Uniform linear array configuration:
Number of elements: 64
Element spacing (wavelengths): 1
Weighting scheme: hann
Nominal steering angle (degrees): -30
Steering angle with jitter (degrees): -31.543
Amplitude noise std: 0.05
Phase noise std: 0.05

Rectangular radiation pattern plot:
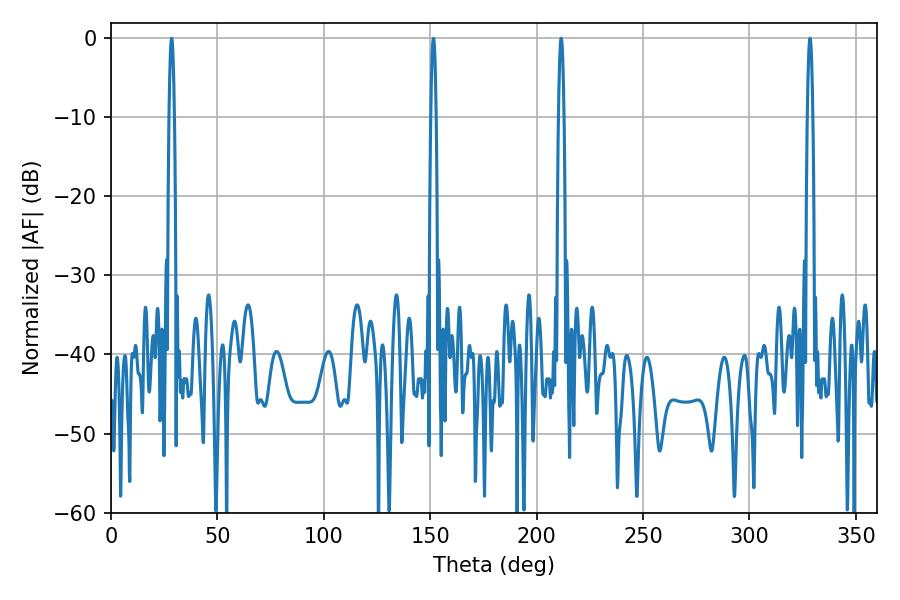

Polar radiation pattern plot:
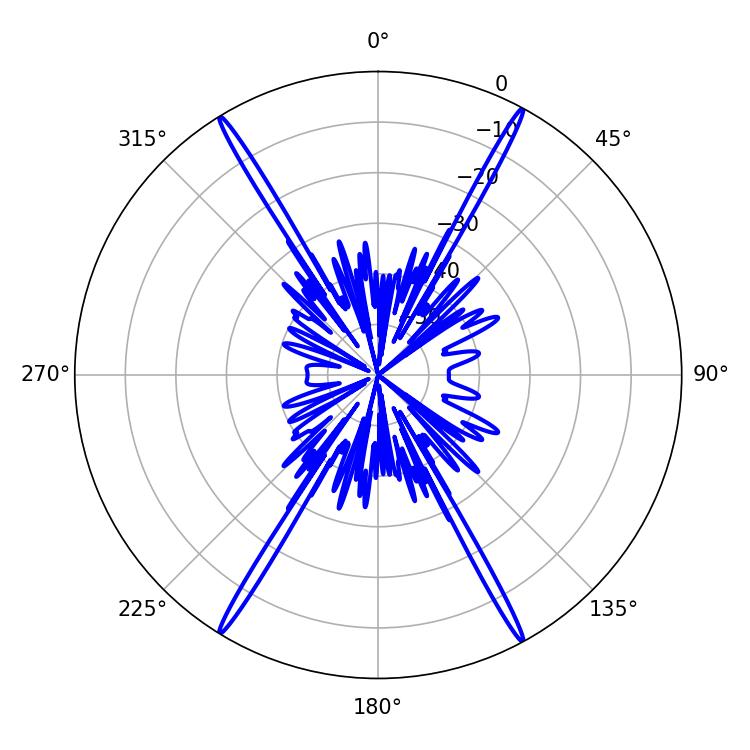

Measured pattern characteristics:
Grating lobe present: TRUE
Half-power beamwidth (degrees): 1.44
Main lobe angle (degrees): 211.5